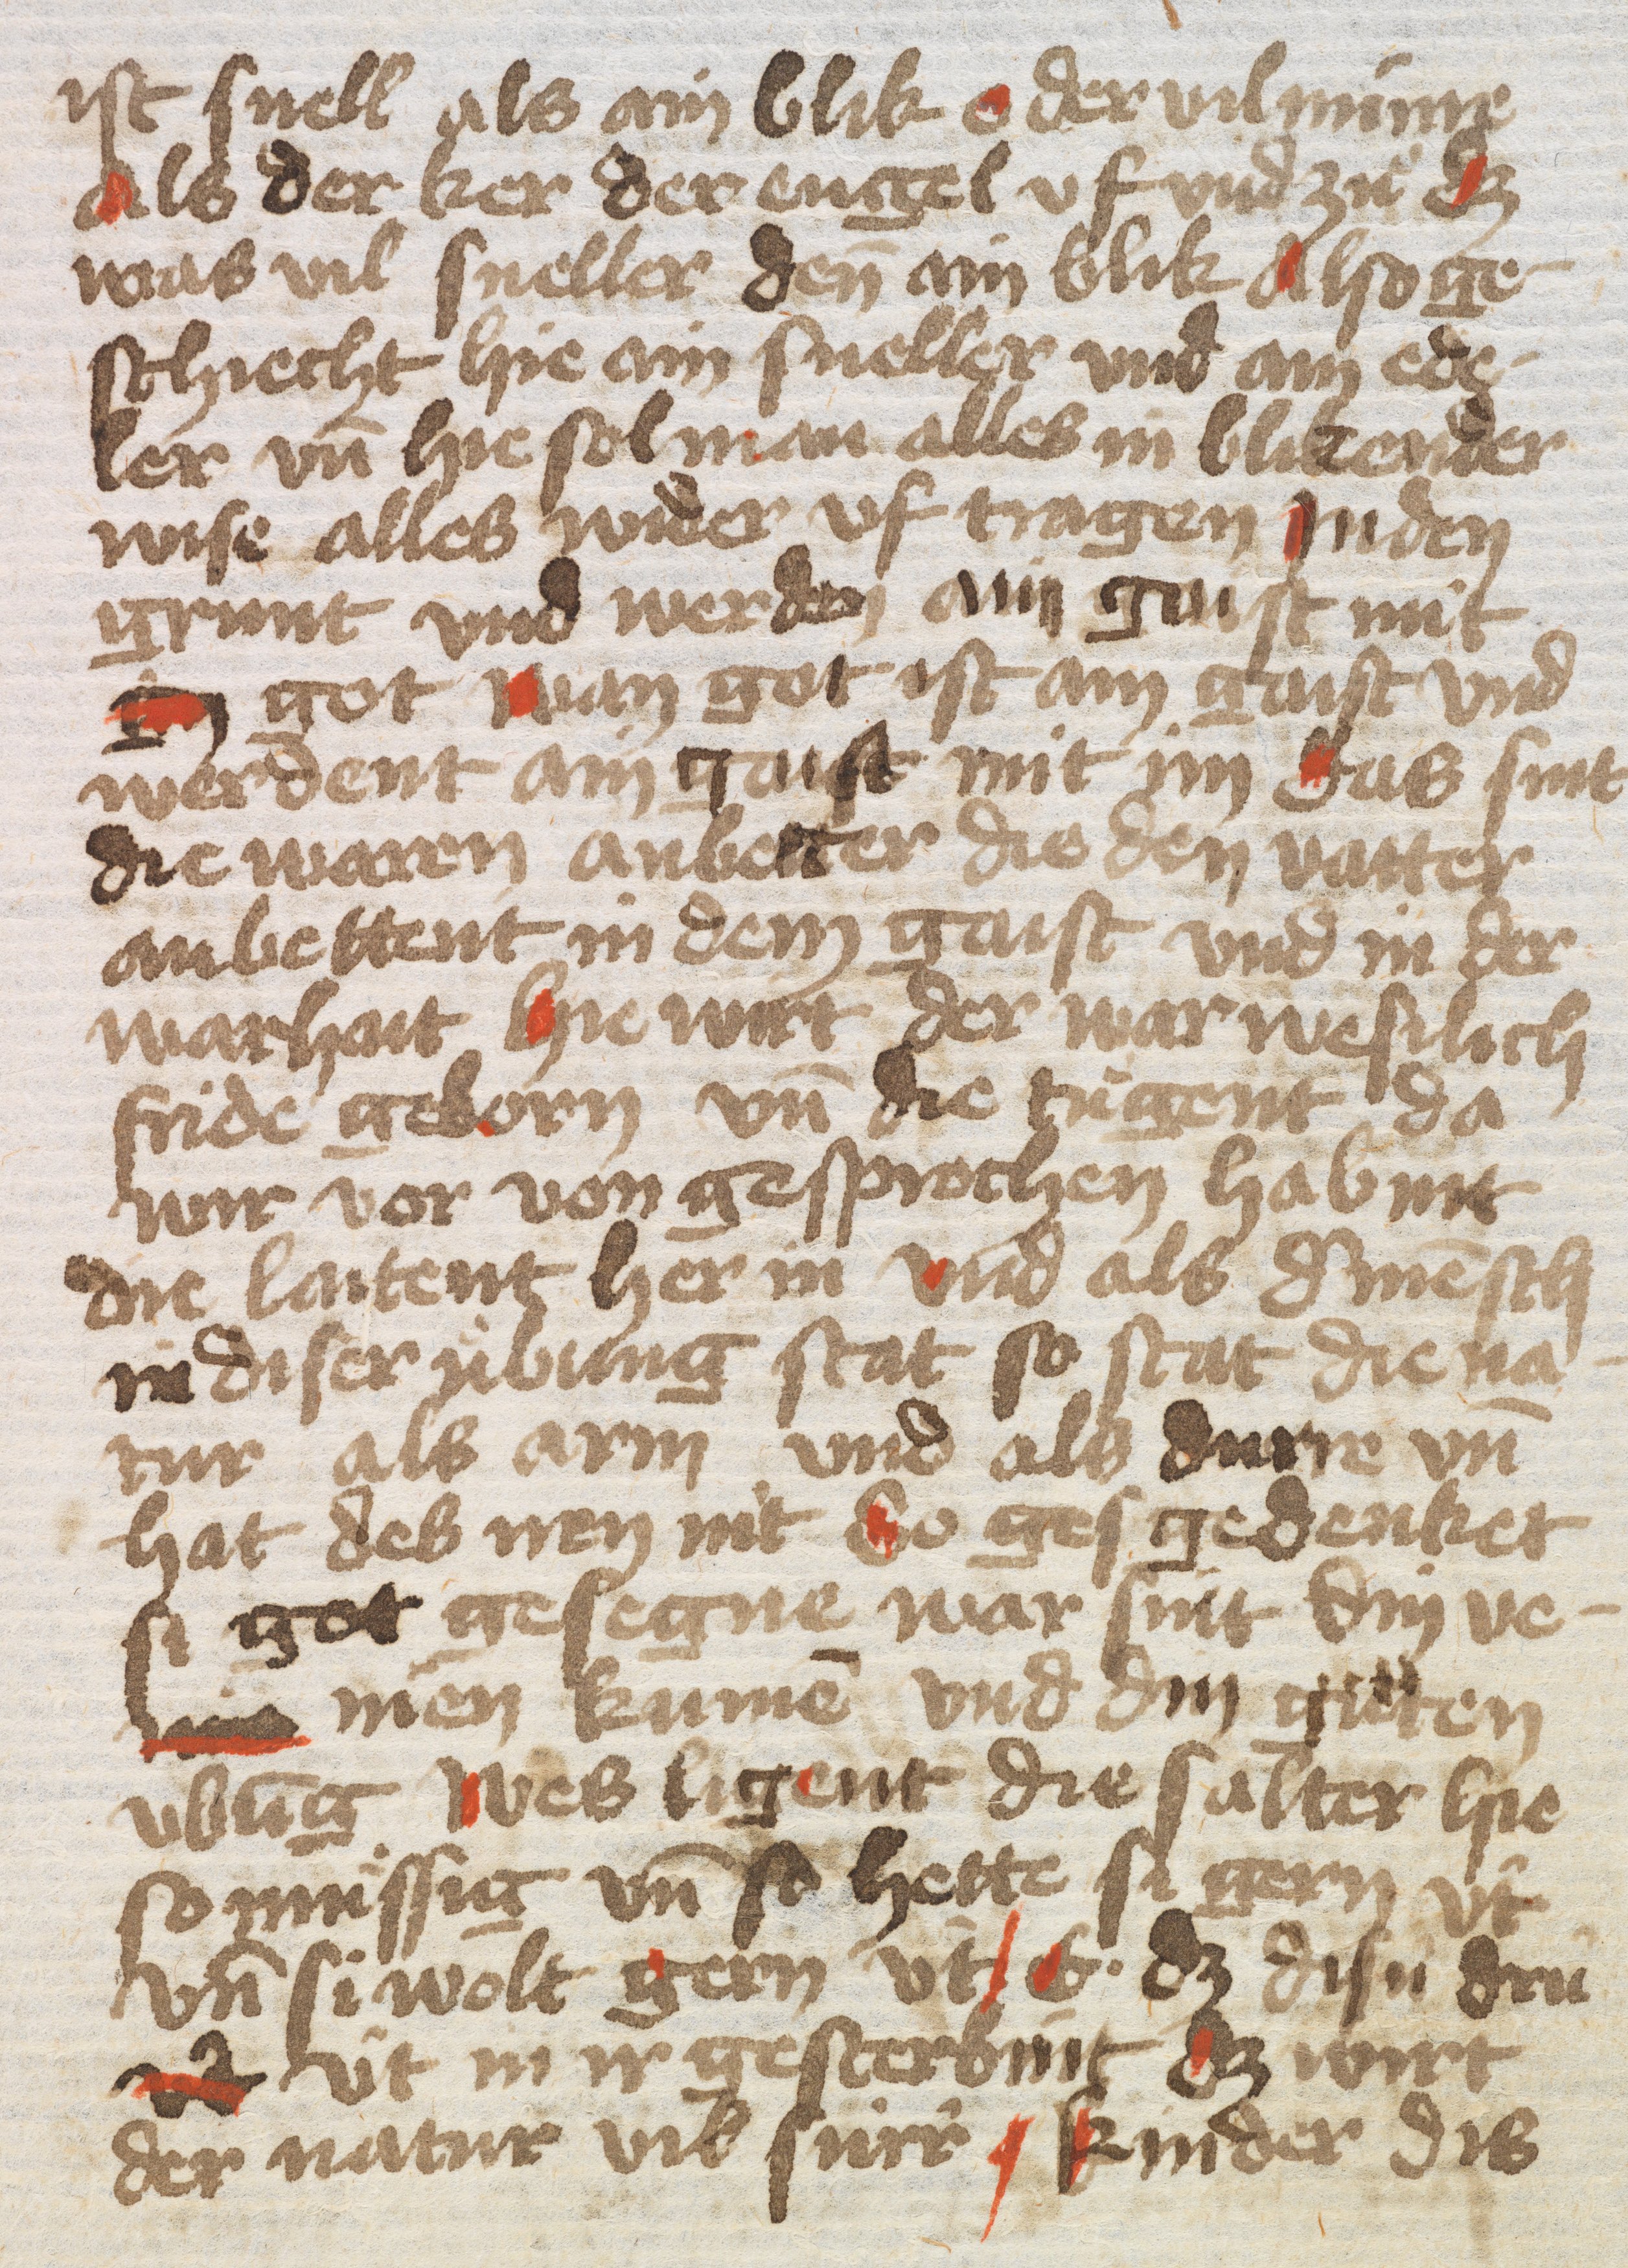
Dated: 1432–1436